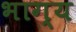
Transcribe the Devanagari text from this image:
भाग्‍य